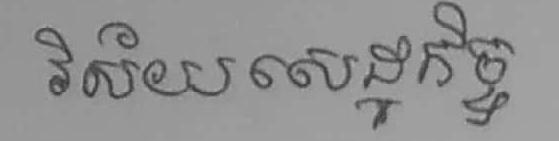
វិស័យសេដ្ឋកិច្ច